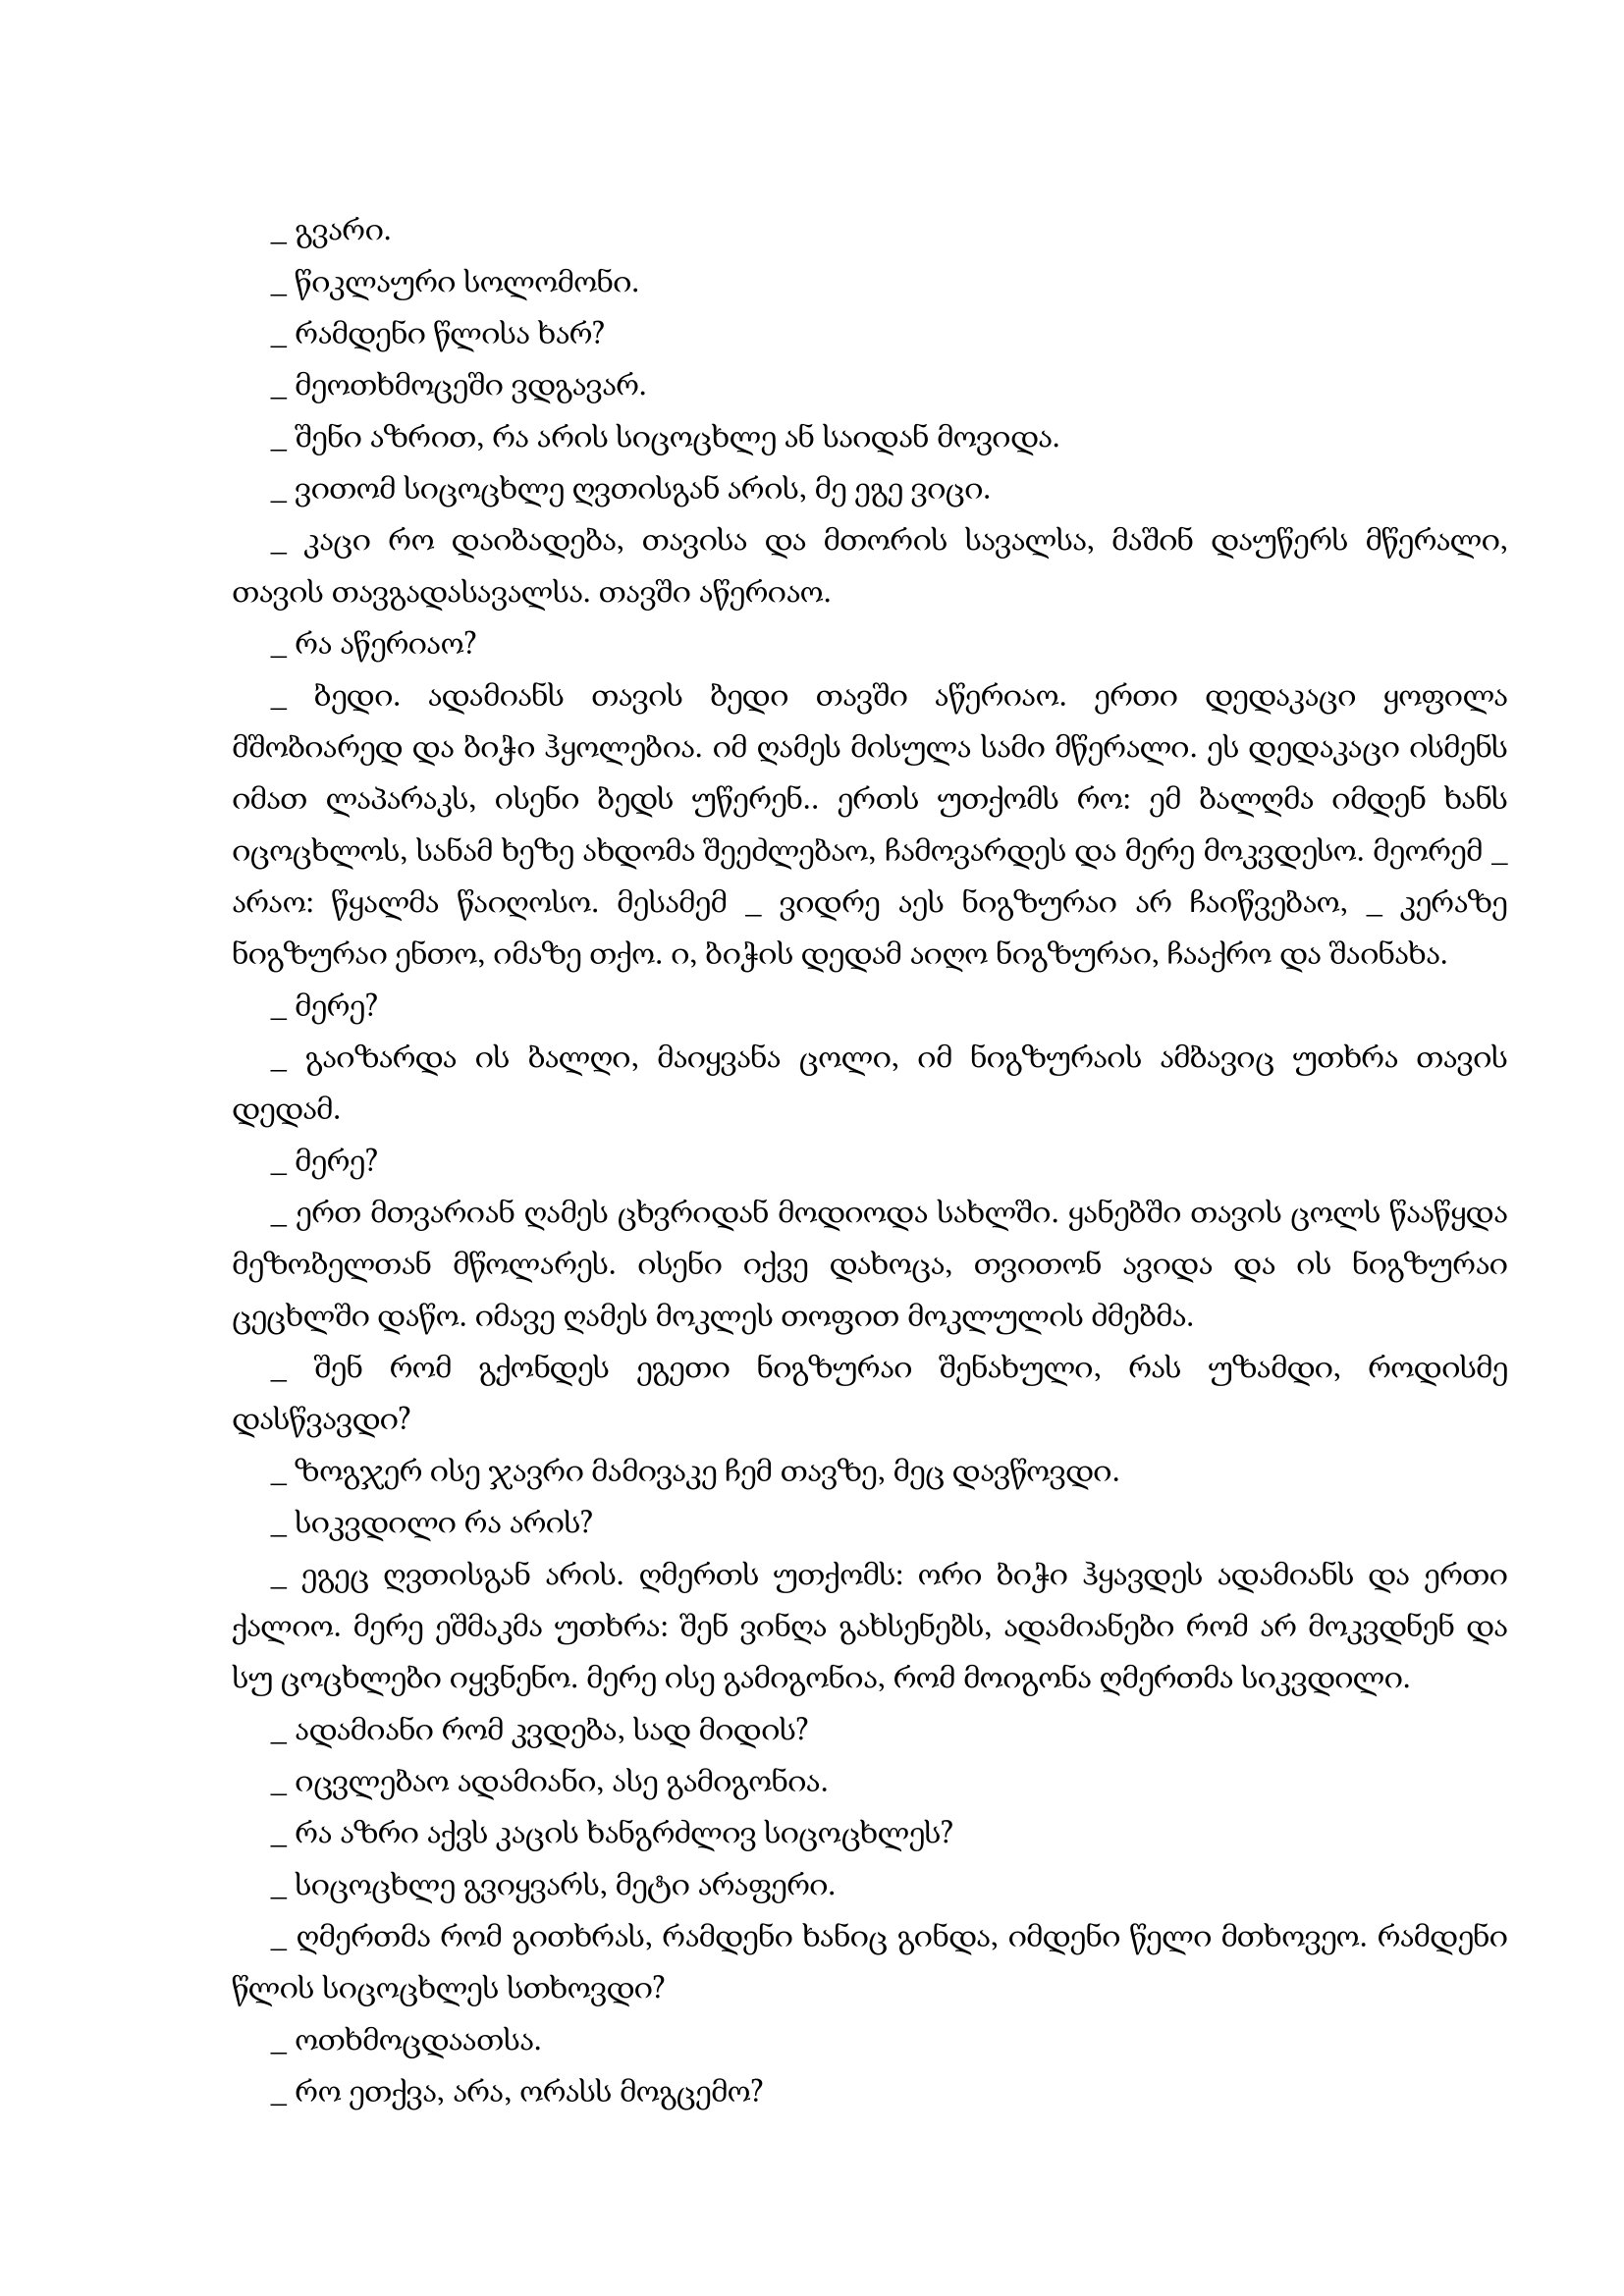
Language: gr